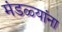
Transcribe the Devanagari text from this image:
मंडळ्यांना